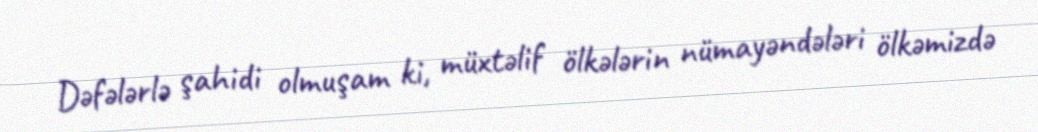
Dəfələrlə şahidi olmuşam ki, müxtəlif ölkələrin nümayəndələri ölkəmizdə